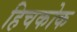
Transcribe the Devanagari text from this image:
हिचकोक